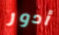
أدور